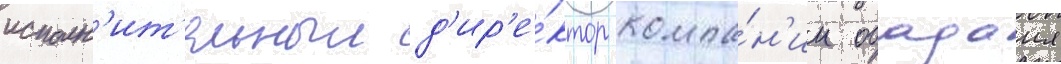
исполн'ит'ельныи д'ир'е́ктор компа́н'ии обадаия